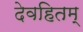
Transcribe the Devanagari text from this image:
देवहितम्